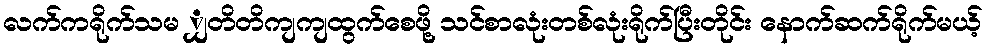
လက်ကရိုက်သမ ျှတိတိကျကျထွက်စေဖို့ သင်စာလုံးတစ်လုံးရိုက်ပြီးတိုင်း နောက်ဆက်ရိုက်မယ့်